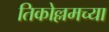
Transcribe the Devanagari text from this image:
तिकोल्लमच्या